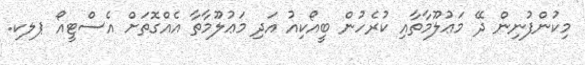
މިކުންފުނިން ދޭ މަޢުލޫމާތާއި ކުރެހުން ބީއޯކިއު އަދި މަޢުލޫމާތާ އެއްގޮތަށް އެސްޓީއޯ ޕލކ.